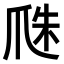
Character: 𤔏